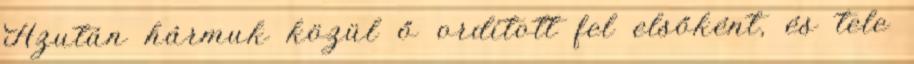
Azután hármuk közül ő ordított fel elsőként, és tele